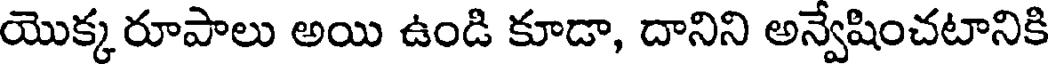
యొక్క రూపాలు అయి ఉండి కూడా, దానిని అన్వేషించటానికి